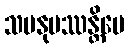
သမနုပဿန္တိပေ